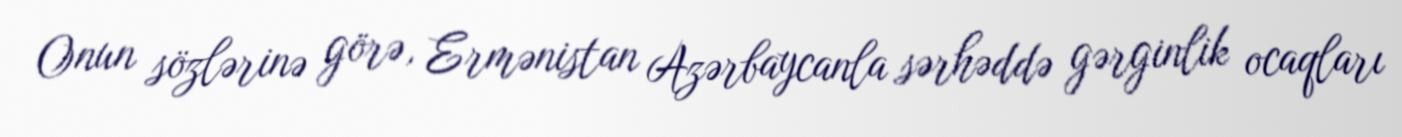
Onun sözlərinə görə, Ermənistan Azərbaycanla sərhəddə gərginlik ocaqları